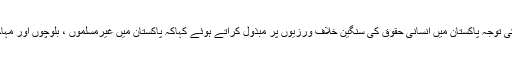
کینیڈین پارلیمنٹ میں تقریر کرتے ہوئے Tom Kmiec نے ایوان کی توجہ پاکستان میں انسانی حقوق کی سنگین خلاف ورزیوں پر مبذول کراتے ہوئے کہاکہ پاکستان میں غیرمسلموں ، بلوچوں اور مہاجروں کے انسانی حقوق کی سنگین خلاف ورزیاں بڑھتی جارہی ہیں ۔